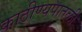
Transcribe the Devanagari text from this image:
काठीण्यपातळी